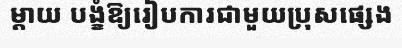
ម្តាយ បង្ខំឱ្យរៀបការជាមួយប្រុសផ្សេង